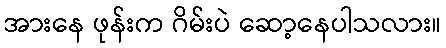
အားနေ ဖုန်းက ဂိမ်းပဲ ဆော့နေပါသလား။